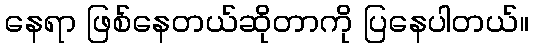
နေရာ ဖြစ်နေတယ်ဆိုတာကို ပြနေပါတယ်။